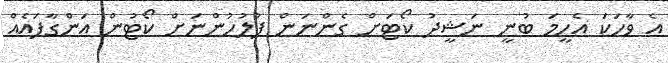
އެ ވާހަކަ އެހީމަ ބުނީ ނަޝީދު ކޯޓަށް ގެންނަން ފުލުހުންނަށް ކޯޓުން އަންގާފައެއް